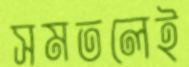
সমতলেই